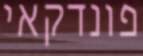
פונדקאי